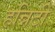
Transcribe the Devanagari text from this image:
हन्निटी